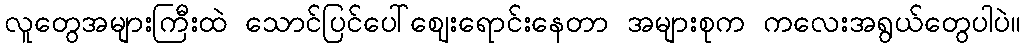
လူတွေအများကြီးထဲ သောင်ပြင်ပေါ်ဈေးရောင်းနေတာ အများစုက ကလေးအရွယ်တွေပါပဲ။